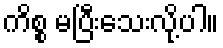
ကိစ္စ မပြီးသေးလို့ပါ။